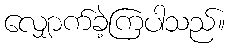
လျှောက်ခဲ့ကြပါသည်။